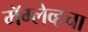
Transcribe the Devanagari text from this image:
मॅग्लेव्हचा